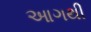
આગથી